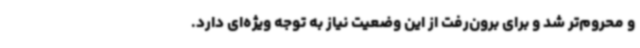
و محروم‌تر شد و برای برون‌رفت از این وضعیت نیاز به توجه ویژه‌ای دارد.